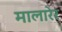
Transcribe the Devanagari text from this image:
मालारेर